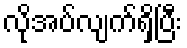
လိုအပ်လျက်ရှိပြီး